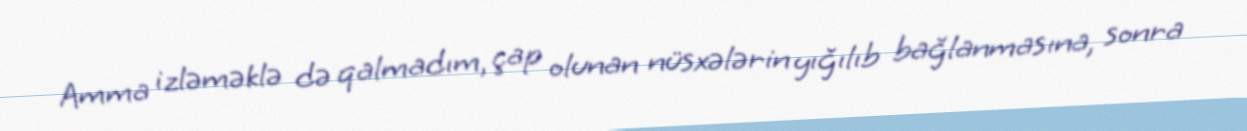
Amma izləməklə də qalmadım, çap olunan nüsxələrin yığılıb bağlanmasına, sonra